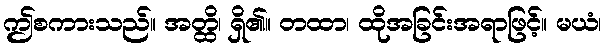
ဤစကားသည်။ အတ္ထိ၊ ရှိ၏။ တထာ၊ ထိုအခြင်းအရာဖြင့်။ မယံ၊